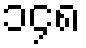
၁၄၈